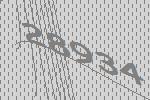
28934